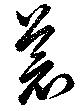
蒼